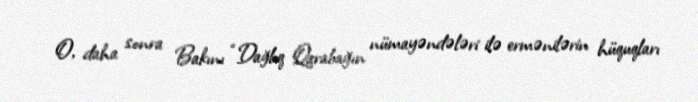
O, daha sonra Bakını “Dağlıq Qarabağın nümayəndələri ilə ermənilərin hüquqları